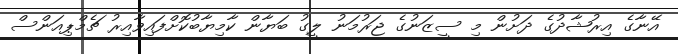
އޭނާގެ އިރުޝާދުގެ ދަށުން މި ސީޒަނުގެ ޖަރުމަނު ލީގު ބަޔާން ކާމިޔާބުކޮށްފައިވާއިރު ޗެމްޕިއަންސް